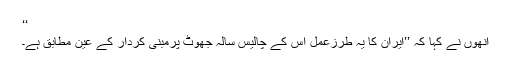
‘‘
انھوں نے کہا کہ ’’ایران کا یہ طرزعمل اس کے چالیس سالہ جھوٹ پرمبنی کردار کے عین مطابق ہے۔